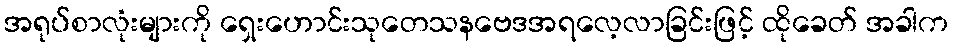
အရုပ်စာလုံးများကို ရှေးဟောင်းသုတေသနဗေဒအရလေ့လာခြင်းဖြင့် ထိုခေတ် အခါက